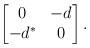
LaTeX: \begin{align*} \begin{bmatrix} 0 & -d \\ -d^* &0 \end{bmatrix}. \end{align*}